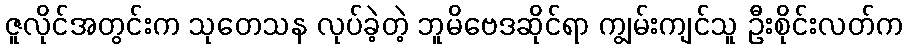
ဇူလိုင်အတွင်းက သုတေသန လုပ်ခဲ့တဲ့ ဘူမိဗေဒဆိုင်ရာ ကျွမ်းကျင်သူ ဦးစိုင်းလတ်က